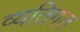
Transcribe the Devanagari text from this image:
व्‍यतिगत